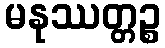
မနုဿတ္တဉ္စ